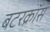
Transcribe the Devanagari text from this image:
बटरक्रॉस